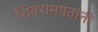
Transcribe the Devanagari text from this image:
शिवरामपंतांनी